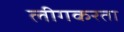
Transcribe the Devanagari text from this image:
लीगकरता